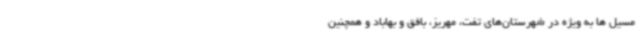
مسیل ها به ویژه در شهرستان‌های تفت، مهریز، بافق و بهاباد و همچنین